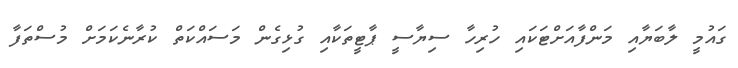
ގައުމީ ލާބަޔާއި މަންފާއަށްޓަކައި ހުރިހާ ސިޔާސީ ޕާޓީތަކާއި ގުޅިގެން މަސައްކަތް ކުރާނެކަމަށް މުސްތަފާ